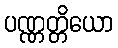
ပဏ္ဏတ္တိယော